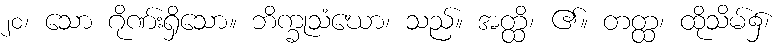
၂၀၊ သော ဂိုဏ်းရှိသော။ ဘိက္ခုသံဃော၊ သည်။ အတ္ထိ၊ ၏။ တတ္ထ၊ ထိုသိမ်၌၊